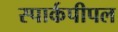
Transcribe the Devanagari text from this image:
स्पार्कपीपल